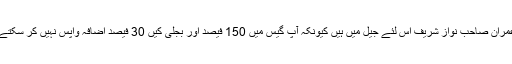
عمران صاحب نواز شریف اِس لئے جیل میں ہیں کیونکہ آپ گیس میں 150 فیصد اور بجلی کیں 30 فیصد اضافہ واپس نہیں کر سکتے۔